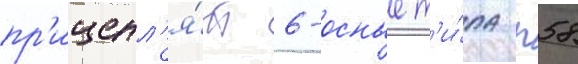
пр'ицепл'я́ть 6-осные т'и́па п58